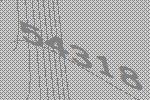
54318